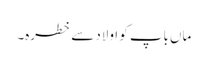
ماں باپ کو اولاد سے خطرہ۔